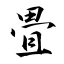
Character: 畳